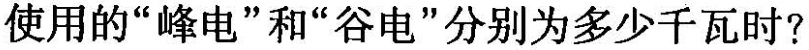
使用的“峰电”和“谷电”分别为多少千瓦时？